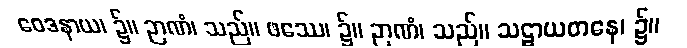
ဝေဒနာယ၊ ၌။ ဉာဏံ၊ သည်။ ဖဿေ၊ ၌။ ဉာဏံ၊ သည်။ သဠာယတနေ၊ ၌။